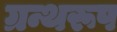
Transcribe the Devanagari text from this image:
ग्रन्थरूप